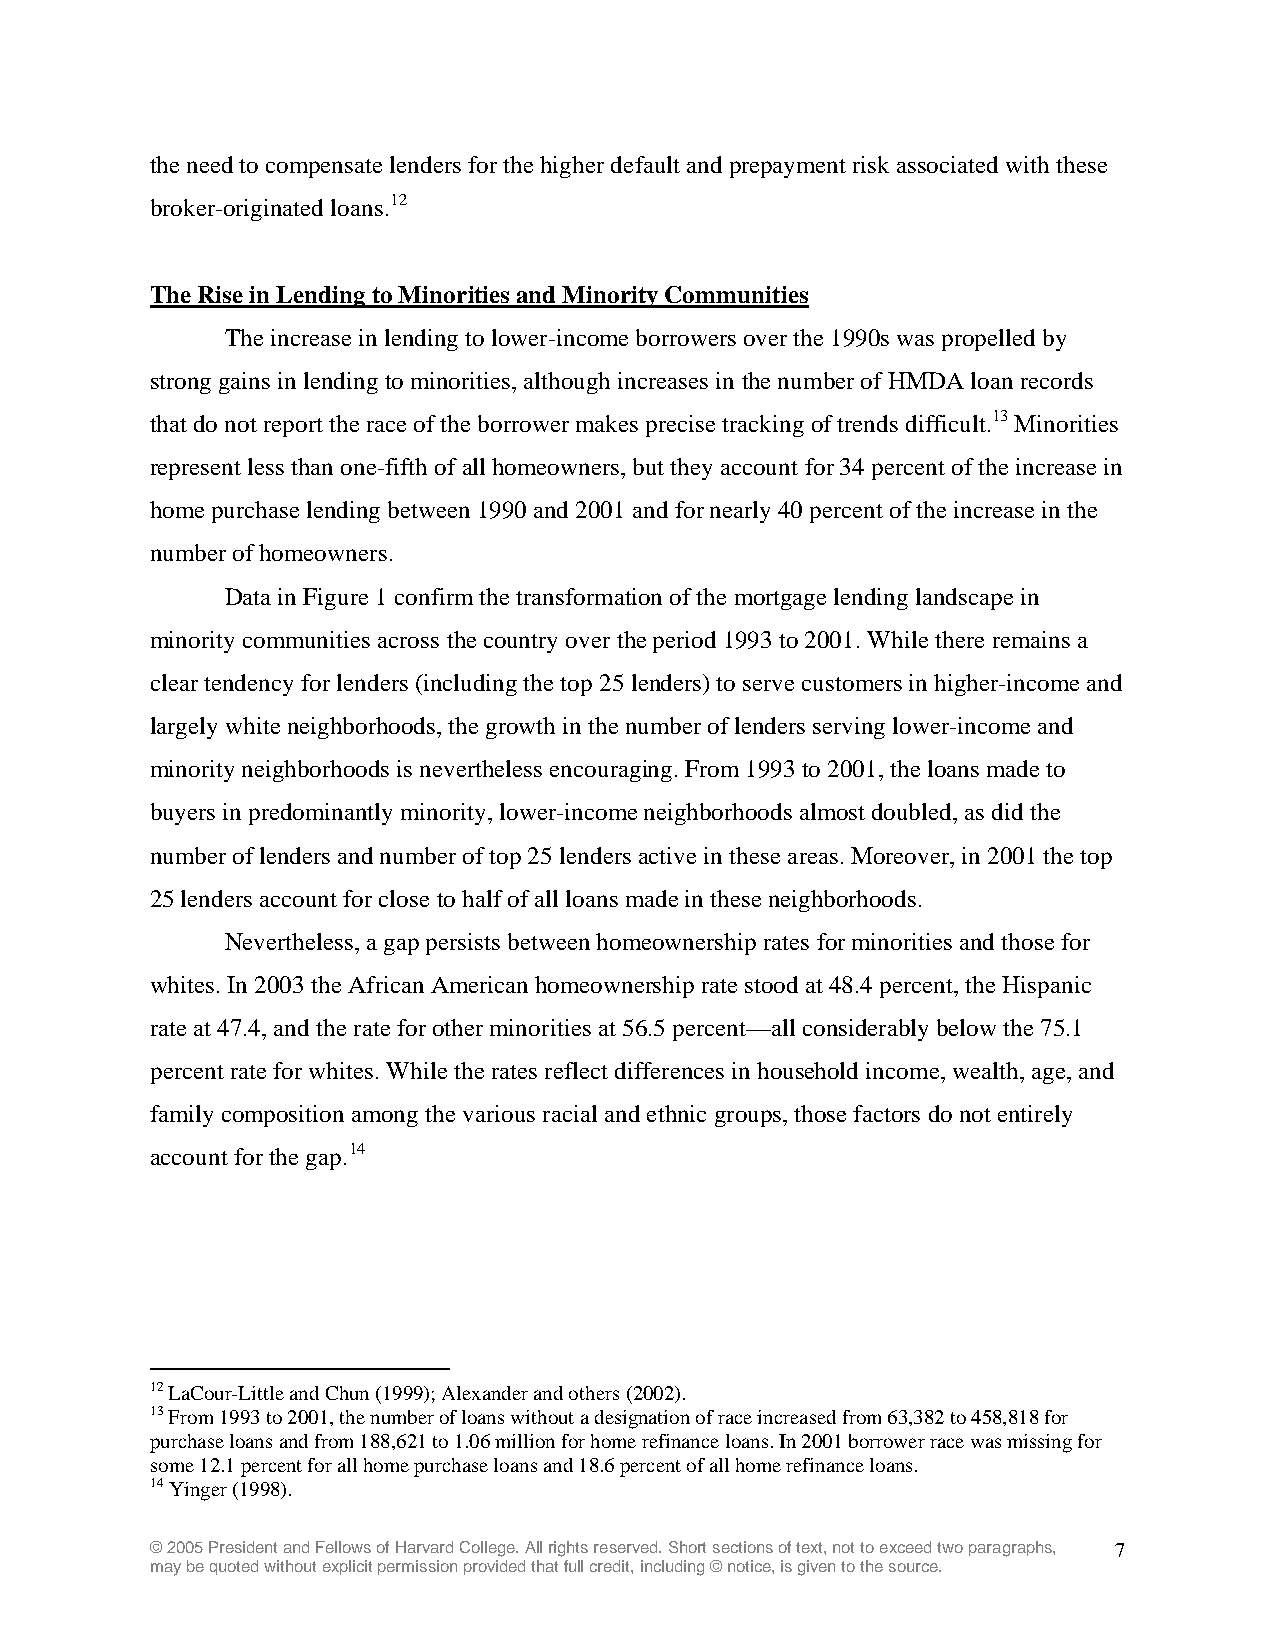
the need to compensate lenders for the higher default and prepayment risk associated with these
 broker-originated loans.12
 The Rise in Lending to Minorities and Minority Communities
 The increase in lending to lower-income borrowers over the 1990s was propelled by
 strong gains in lending to minorities, although increases in the number of HMDA loan records
 that do not report the race of the borrower makes precise tracking of trends difficult.13 Minorities
 represent less than one-fifth of all homeowners, but they account for 34 percent of the increase in
 home purchase lending between 1990 and 2001 and for nearly 40 percent of the increase in the
 number of homeowners.
 Data in Figure 1 confirm the transformation of the mortgage lending landscape in
 minority communities across the country over the period 1993 to 2001. While there remains a
 clear tendency for lenders (including the top 25 lenders) to serve customers in higher-income and
 largely white neighborhoods, the growth in the number of lenders serving lower-income and
 minority neighborhoods is nevertheless encouraging. From 1993 to 2001, the loans made to
 buyers in predominantly minority, lower-income neighborhoods almost doubled, as did the
 number of lenders and number of top 25 lenders active in these areas. Moreover, in 2001 the top
 25 lenders account for close to half of all loans made in these neighborhoods.
 Nevertheless, a gap persists between homeownership rates for minorities and those for
 whites. In 2003 the African American homeownership rate stood at 48.4 percent, the Hispanic
 rate at 47.4, and the rate for other minorities at 56.5 percent—all considerably below the 75.1
 percent rate for whites. While the rates reflect differences in household income, wealth, age, and
 family composition among the various racial and ethnic groups, those factors do not entirely
 account for the gap.14
 12 LaCour-Little and Chun (1999); Alexander and others (2002).
 13 From 1993 to 2001, the number of loans without a designation of race increased from 63,382 to 458,818 for
 purchase loans and from 188,621 to 1.06 million for home refinance loans. In 2001 borrower race was missing for
 some 12.1 percent for all home purchase loans and 18.6 percent of all home refinance loans.
 14 Yinger (1998).
 © 2005 President and Fellows of Harvard College. All rights reserved. Short sections of text, not to exceed two paragraphs, 7
 may be quoted without explicit permission provided that full credit, including © notice, is given to the source.